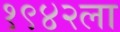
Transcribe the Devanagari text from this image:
१९४२ला